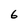
Character: 6